Eesti_Ajutine_Maanoukogu, lk 8
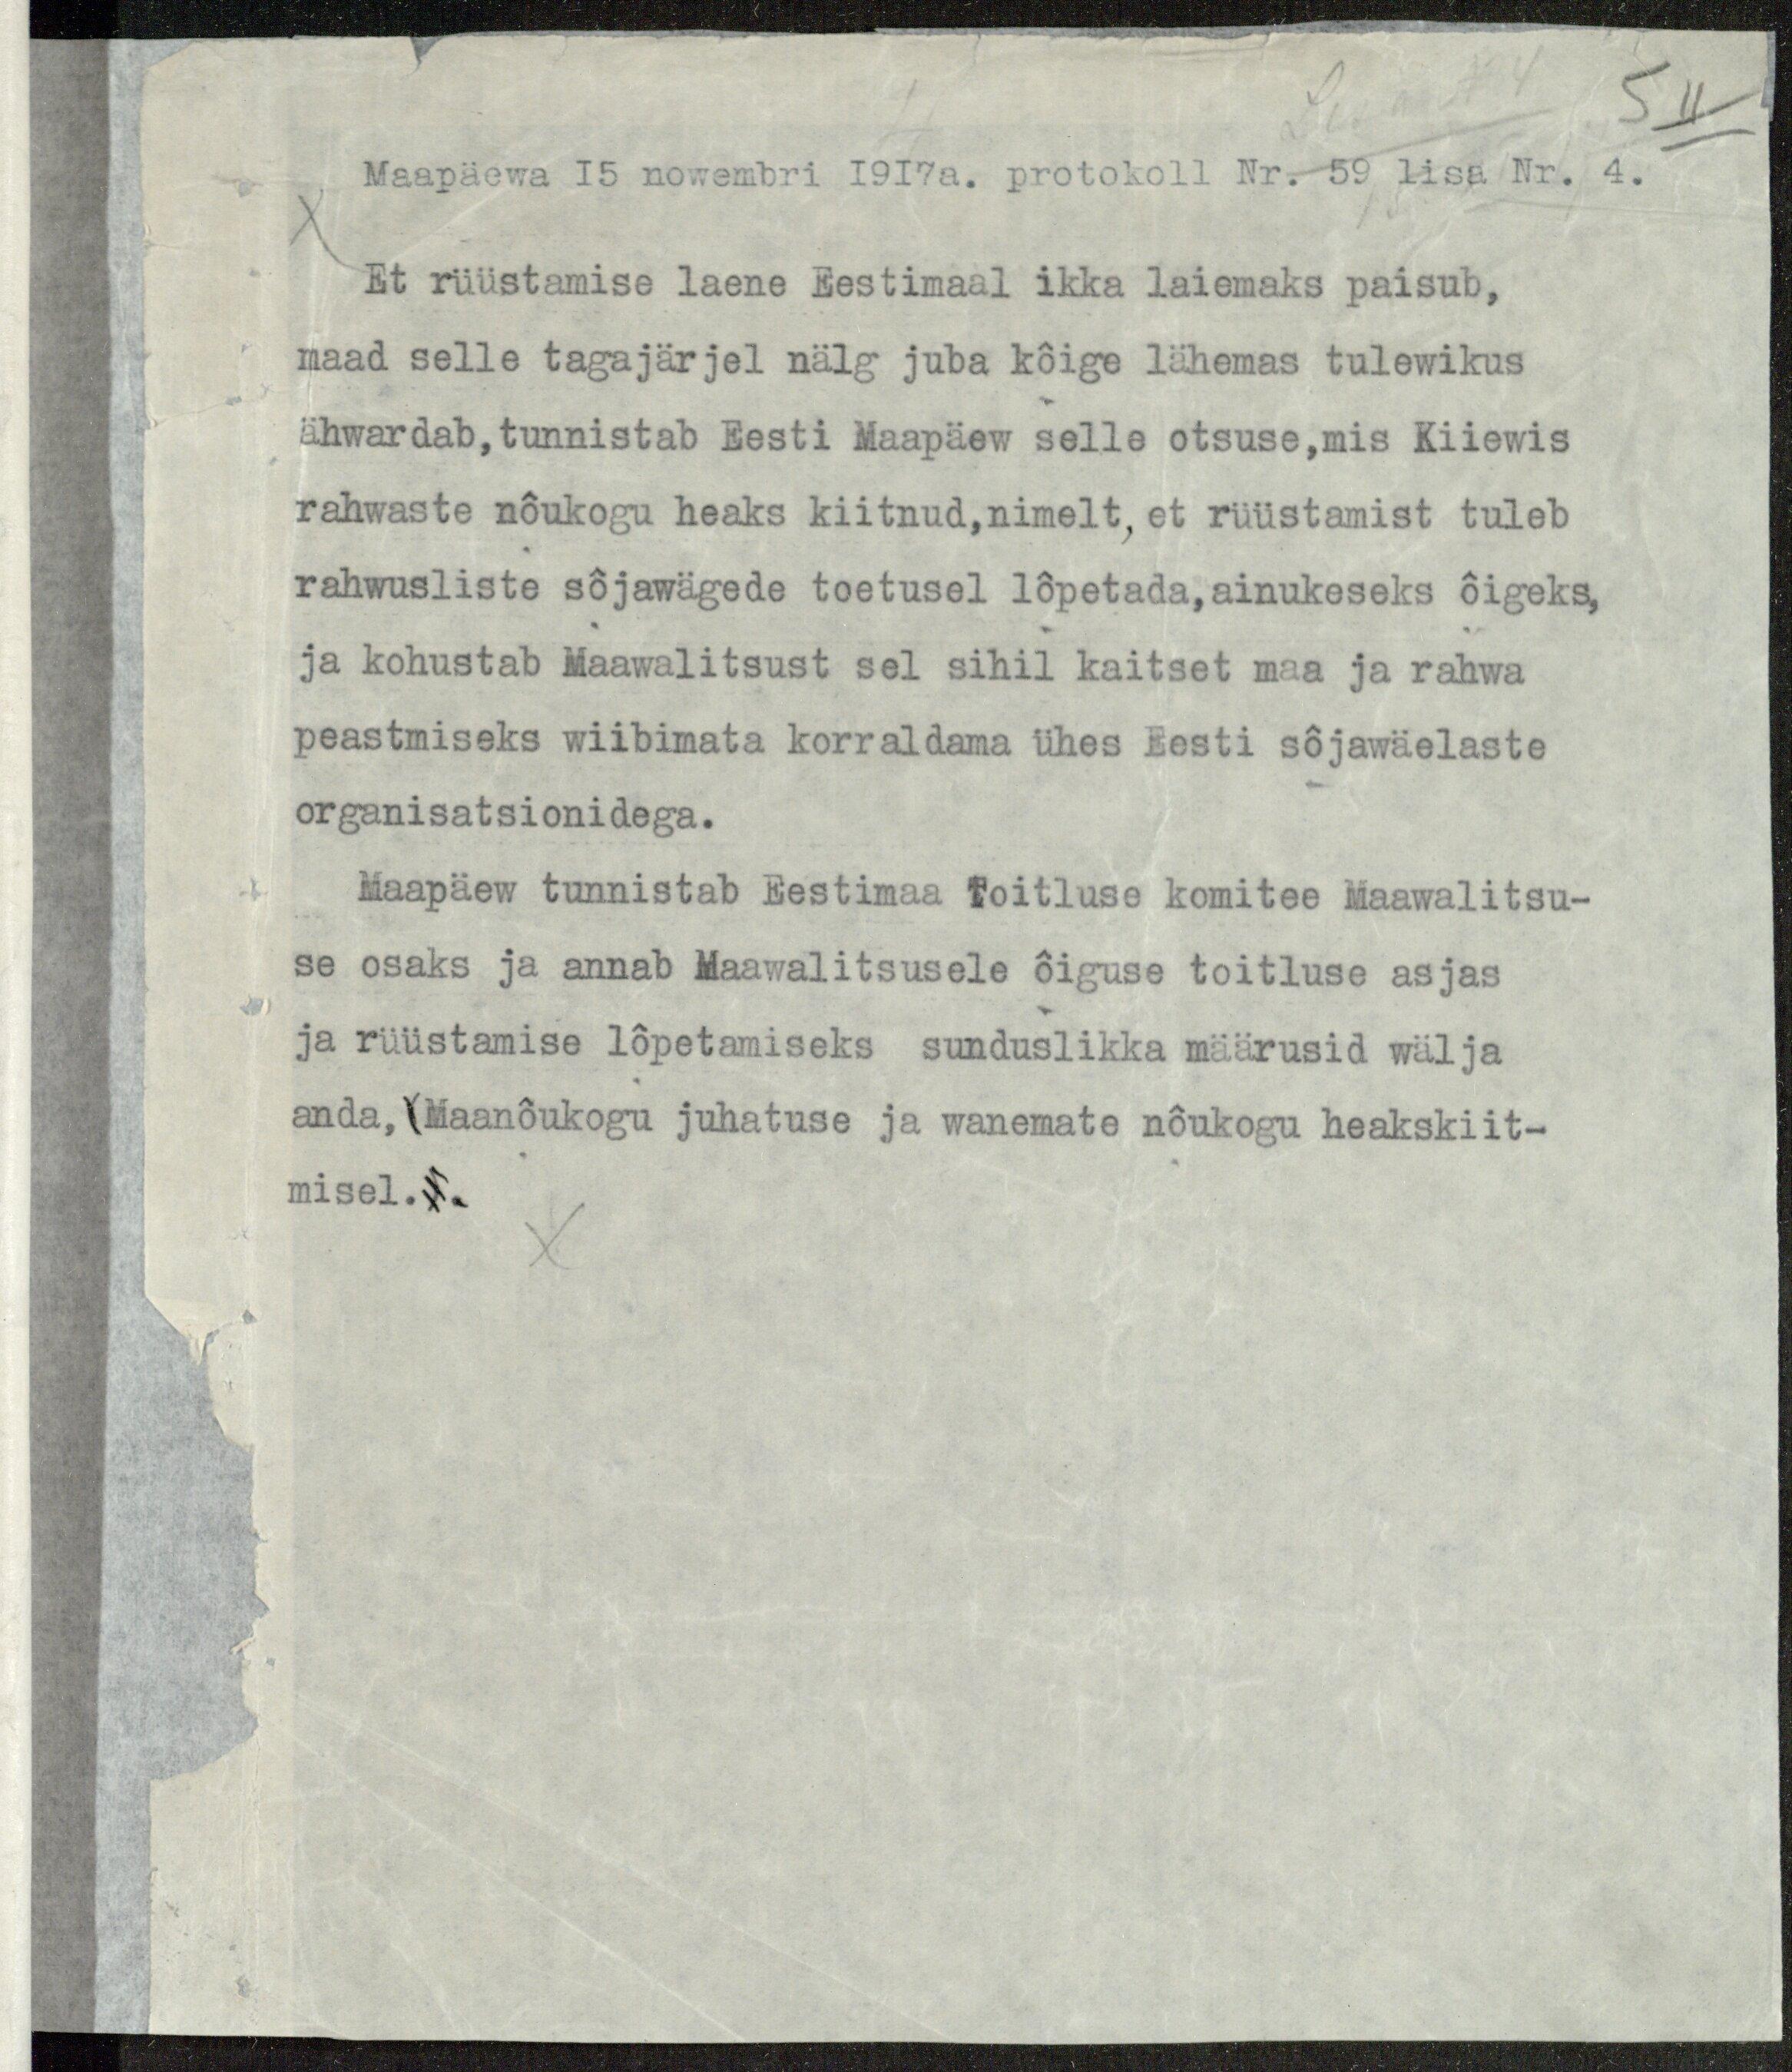
Maapäewa 15 nowembri 1917 a. prokokoll Nr. 59 lisa Nr. 4.
Et rüüstamise laene Eestimaal ikka laiemaks paisub,
maad selle tagajärjel nälg juba kõige lähemas tulewikus
ähwardab, tunnistab Eesti Maapäew selle otsuse, mis Kiiewis
rahwaste nõukogu heaks kiitnud, nimelt, et rüüstamist tuleb
rahwusliste sõjawägede toetusel lõpetada, ainukeseks õigeks,
ja kohustab Maawalitsust sel sihil kaitset maa ja rahwa
peastmiseks wiibimata korraldama ühes Eesti sõjawäelaste
organisatsionidega.
Maapäew tunnistab Eestimaa Toitluse komitee Maawalitsu-
se osaks ja annab Maawalitsusele õiguse toitluse asjas
ja rüüstamise lõpetamiseks sunduslikka määrusid wälja
anda, Maanõukogu juhatuse ja wanemate nõukogu heakskiit-
misel.